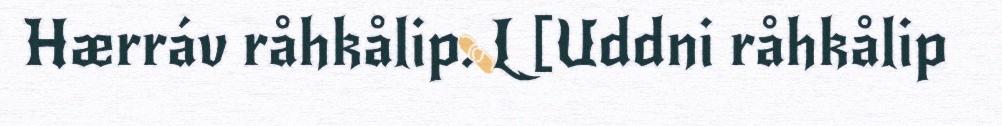
Hærráv råhkålip. L [Uddni råhkålip